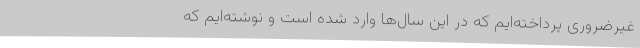
غیرضروری پرداخته‌ایم که در این سال‌ها وارد شده است و نوشته‌ایم که